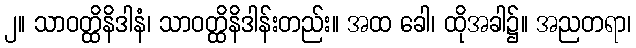
၂။ သာဝတ္ထိနိဒါနံ၊ သာဝတ္ထိနိဒါန်းတည်း။ အထ ခေါ၊ ထိုအခါ၌။ အညတရာ၊